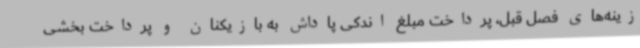
زینه‌های فصل قبل، پرداخت مبلغ اندکی پاداش به بازیکنان و پرداخت بخشی